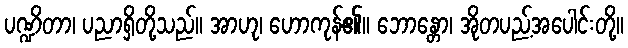
ပဏ္ဍိတာ၊ ပညာရှိတို့သည်။ အာဟု၊ ဟောကုန်၏။ ဘောန္တော၊ အိုတပည့်အပေါင်းတို့။